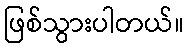
ဖြစ်သွားပါတယ်။